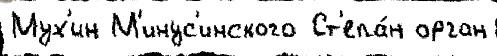
Мух'ин М'инус'инского Ст'епа́н орган